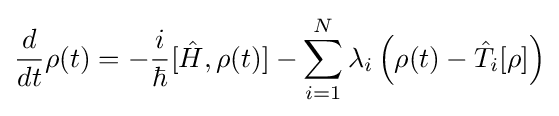
{\frac {d}{dt}}\rho (t)=-{\frac {i}{\hbar }}[{\hat {H}},\rho (t)]-\sum _{i=1}^{N}\lambda _{i}\left(\rho (t)-{\hat {T}}_{i}[\rho ]\right)